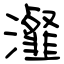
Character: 瀣